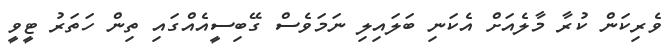
ވެރިކަން ކުރާ މާލެއަށް އެކަނި ބަލައިލި ނަމަވެސް ގޭބިސީއެއްގައި ތިން ހަތަރު ޓީވީ